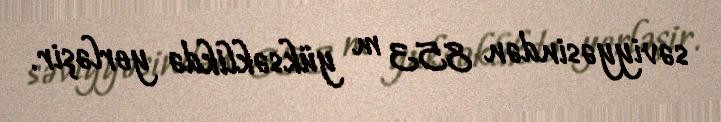
səviyyəsindən 853 m yüksəklikdə yerləşir.